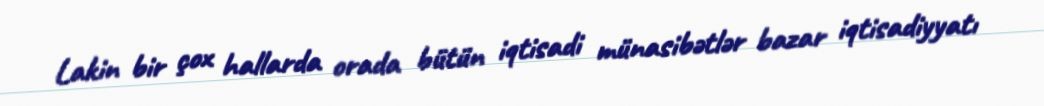
Lakin bir çox hallarda orada bütün iqtisadi münasibətlər bazar iqtisadiyyatı